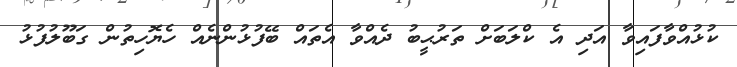
ކުޅުއްވާފައިވާ އަދި އެ ކްލަބަށް ތަރުޙީބު ދެއްވާ އެތައް ބޭފުޅުންނެއް ހެޔޮހިތުން ގަބޫލުފުޅު